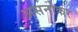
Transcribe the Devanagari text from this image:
असनोकर